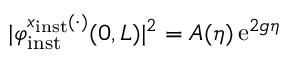
\vert \varphi _ { \mathrm { i n s t } } ^ { x _ { \mathrm { i n s t } } ( \cdot ) } ( 0 , L ) \vert ^ { 2 } = A ( \eta ) \, \mathrm { e } ^ { 2 g \eta }